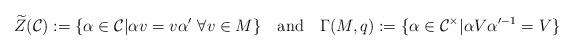
LaTeX: \begin{align*}\widetilde{Z}(\mathcal{C}):=\{\alpha\in\mathcal{C}|\alpha v=v\alpha'\ \forall v \in M\}\quad\mathrm{and}\quad\Gamma(M,q):=\{\alpha\in\mathcal{C}^{\times}|\alpha V\alpha'^{-1}=V\} \end{align*}